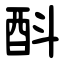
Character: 酙